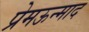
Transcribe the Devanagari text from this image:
प्रेमऊन्माद